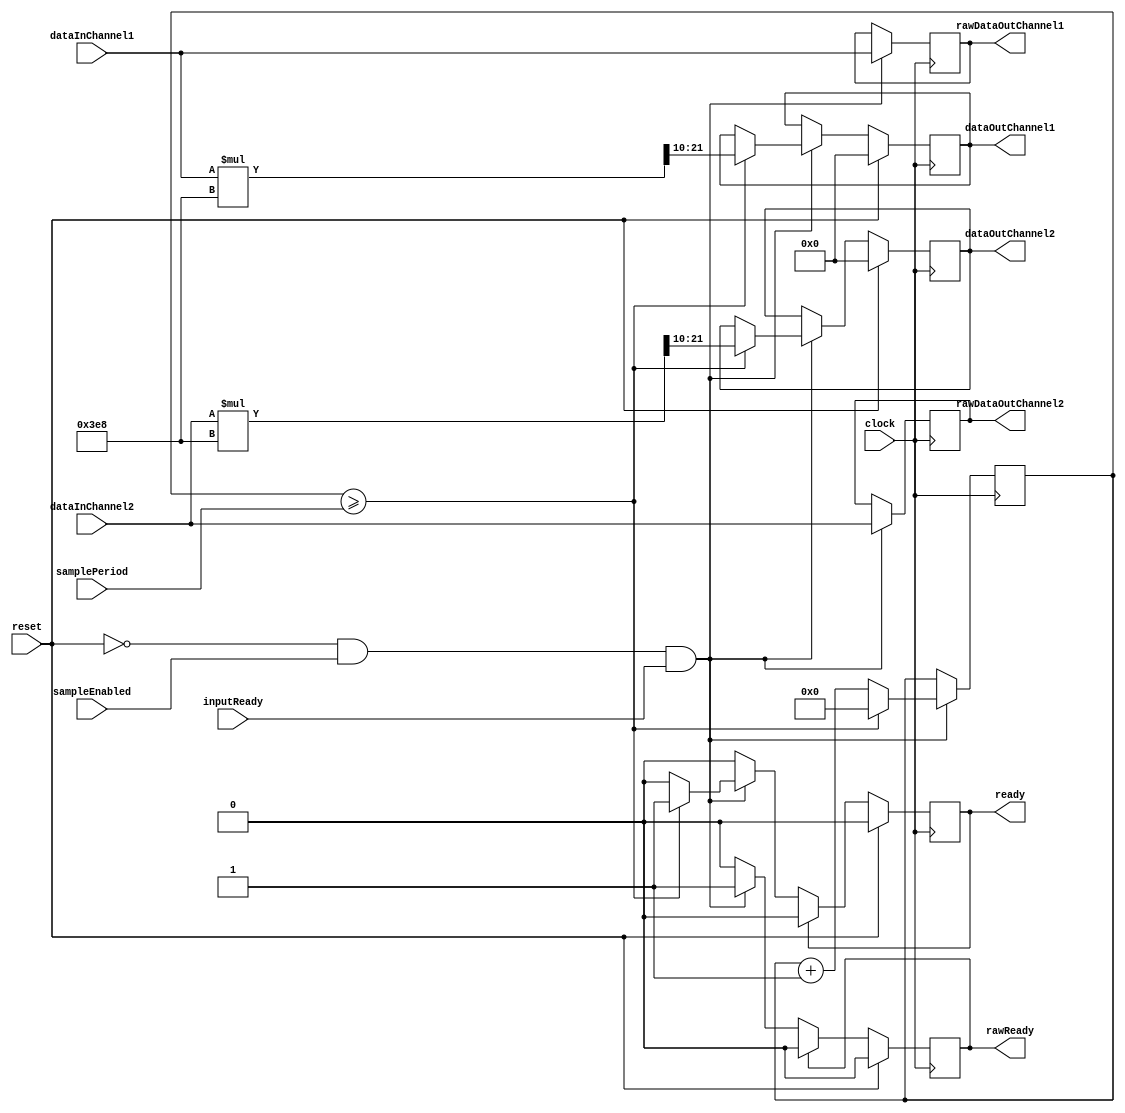
`timescale 1ns / 1ps

// dataOut = (dataIn - INPUT_OFFSET)

module ADCController
   #(parameter IO_BITS = 12,
               INPUT_OFFSET = 2048,
               NUMERATOR_SCALE_FACTOR = 11'sd1000,
               DENOMINATOR_SCALE_FACTOR = 1024,
               DENOMINATOR_RIGHT_SHIFT = 10,
               NUMERATOR_SCALED_DATA_BITS = 22)
   (
    input clock,
    input reset,
    input sampleEnabled,
    input inputReady,
    input [5:0]samplePeriod,
    output reg ready,
    output reg rawReady, // not affected by samplePeriod
    input signed [IO_BITS-1:0] dataInChannel1,
    output reg signed[IO_BITS-1:0] dataOutChannel1,
    output reg signed[IO_BITS-1:0] rawDataOutChannel1,
    input signed [IO_BITS-1:0] dataInChannel2,
    output reg signed[IO_BITS-1:0] dataOutChannel2,
    output reg signed[IO_BITS-1:0] rawDataOutChannel2
    );
    
    reg [15:0]sampleClock = 0;
    
    wire [NUMERATOR_SCALED_DATA_BITS-1:0] dataInChannel1NumeratorScaled;
    assign dataInChannel1NumeratorScaled = dataInChannel1 * NUMERATOR_SCALE_FACTOR;
    wire [NUMERATOR_SCALED_DATA_BITS-1:0] dataInChannel2NumeratorScaled;
    assign dataInChannel2NumeratorScaled = dataInChannel2 * NUMERATOR_SCALE_FACTOR;
    
    always @(posedge clock) begin
        // check whether it's time to request another sample
        if (!reset && sampleEnabled && inputReady) begin
            if (sampleClock >= samplePeriod) begin
                ready <= 1;
                dataOutChannel1 <= dataInChannel1NumeratorScaled >>> DENOMINATOR_RIGHT_SHIFT; //scale by 1000/1024
                dataOutChannel2 <= dataInChannel2NumeratorScaled >>> DENOMINATOR_RIGHT_SHIFT; //scale by 1000/1024
                sampleClock <= 0;
            end else
                sampleClock <= sampleClock + 1;
                
            rawReady <= 1;
            rawDataOutChannel1 <= dataInChannel1;
            rawDataOutChannel2 <= dataInChannel2;
        end
    
        if (ready)
            ready <= 0;
        
        if (rawReady)
            rawReady <= 0;
        
        if (reset) begin
            ready <= 0;
            rawReady <= 0;
            dataOutChannel1 <= 0;
            dataOutChannel2 <= 0;
        end
    end
endmodule